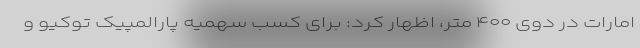
امارات در دوی ۴۰۰ متر، اظهار کرد: برای کسب سهمیه پارالمپیک توکیو و